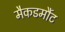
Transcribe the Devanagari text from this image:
मैकडर्मौट